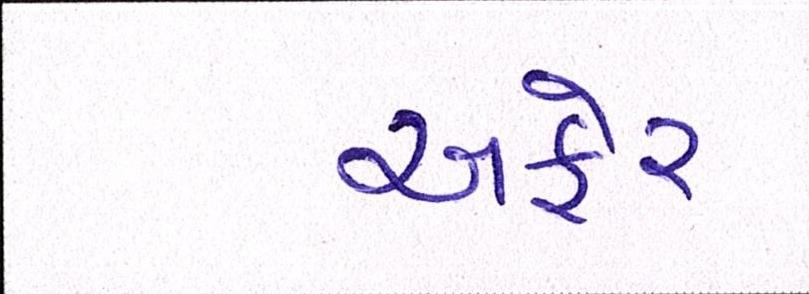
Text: અફેર